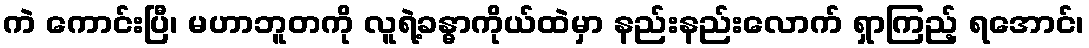
ကဲ ကောင်းပြီ၊ မဟာဘူတကို လူရဲ့ခန္ဓာကိုယ်ထဲမှာ နည်းနည်းလောက် ရှာကြည့် ရအောင်၊